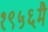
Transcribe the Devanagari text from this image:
१९५६मै